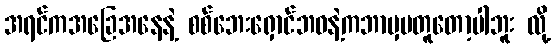
အရင်ကအခြေအနေနဲ့ စစ်ဘေးရှောင်ဘဝနဲ့ကဘာမှမတူတော့ပါဘူး လို့